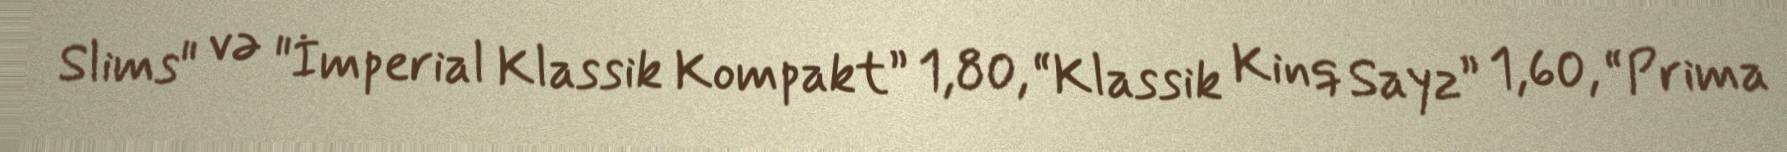
Slims" və "İmperial Klassik Kompakt” 1,80, “Klassik Kinq Sayz” 1,60, “Prima